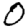
Digit: 0